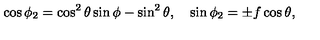
\cos { \phi _ { 2 } } = \cos ^ { 2 } { \theta } \sin { \phi } - \sin ^ { 2 } { \theta } , \quad \sin { \phi _ { 2 } } = \pm f \cos { \theta } ,